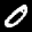
Label: 0